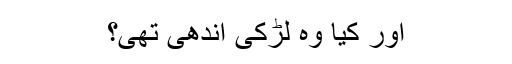
اور کیا وہ لڑکی اندھی تھی؟